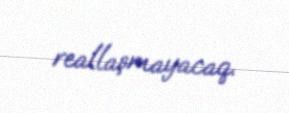
reallaşmayacaq.